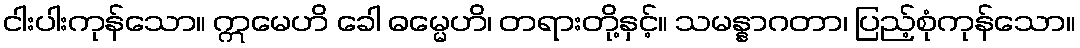
ငါးပါးကုန်သော။ ဣမေဟိ ခေါ ဓမ္မေဟိ၊ တရားတို့နှင့်။ သမန္နာဂတာ၊ ပြည့်စုံကုန်သော။